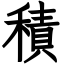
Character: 積